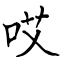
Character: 哎